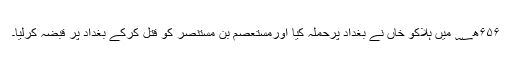
۶۵۶ھ؁ میں ہلاکو خاں نے بغداد پرحملہ کیا اورمستعصم بن مستنصر کو قتل کرکے بغداد پر قبضہ کرلیا۔